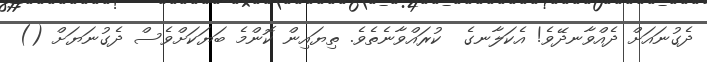
ދެގުނައަށް ދެއްވާނދޭވެ! އެކަލާނގެ  ކުރައްވާނެތެވެ. ތިޔައިން ކޮންމެ ބަޔަކަށްވެސް ދެގުނަޔަށް ()